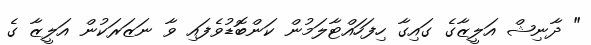
" ދާނިޝް އަލީޒާގެ ގައިގާ ހިފަހައްޓާލަމުން ކަންބޮޑުވެފައި ވާ ނަޒަރަކުން އަލީޒާ ގެ